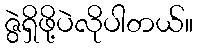
ဇွဲရှိဖို့ပဲလိုပါတယ်။